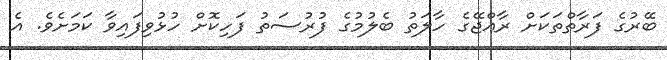
ބޭރުގެ ފަރާތްތަކަށް ރާއްޖޭގެ ހާލަތު ބެލުމުގެ ފުރުސަތު ފަހިކޮށް ހުޅުވިފައިވާ ކަމަށެވެ. އެ